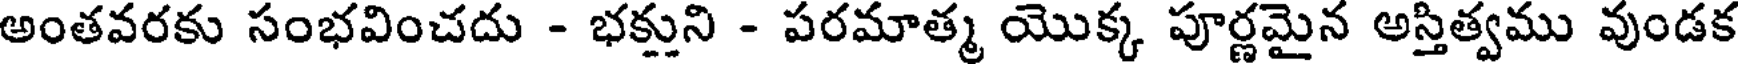
అంతవరకు సంభవించదు - భక్తుని - పరమాత్మ యొక్క పూర్ణమైన అస్తిత్వము వుండక